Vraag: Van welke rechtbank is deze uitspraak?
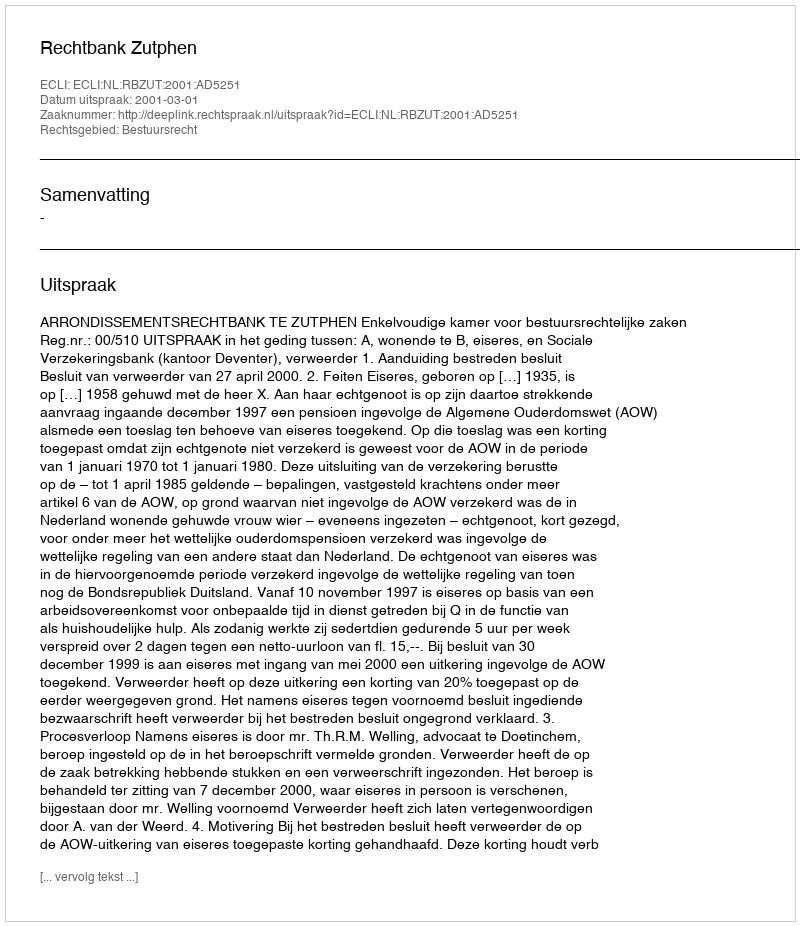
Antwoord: Rechtbank Zutphen